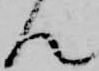
ん